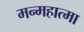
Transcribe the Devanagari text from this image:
मन्महात्मा